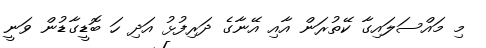
މި މައްސަލައިގާ ކޭތުރަން އާއި އޭނާގެ ދަރިފުޅު އަދި ހަ ބޮޑީގާޑުން ވަނީ